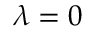
\lambda = 0